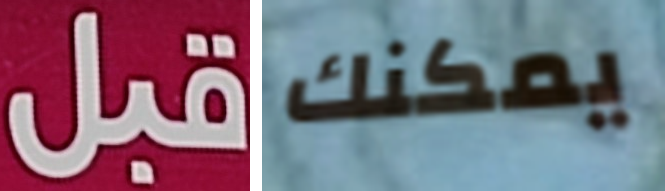
قبل يمكنك